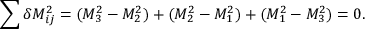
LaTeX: \sum \delta M _ { i j } ^ { 2 } = ( M _ { 3 } ^ { 2 } - M _ { 2 } ^ { 2 } ) + ( M _ { 2 } ^ { 2 } - M _ { 1 } ^ { 2 } ) + ( M _ { 1 } ^ { 2 } - M _ { 3 } ^ { 2 } ) = 0 .